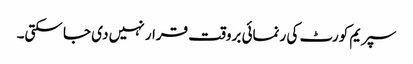
سپریم کورٹ کی رنمائی بروقت قرار نہیں دی جا سکتی۔